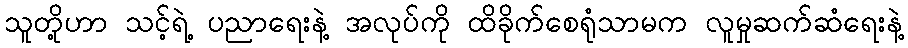
သူတို့ဟာ သင့်ရဲ့ ပညာရေးနဲ့ အလုပ်ကို ထိခိုက်စေရုံသာမက လူမှုဆက်ဆံရေးနဲ့